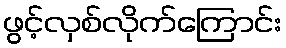
ဖွင့်လှစ်လိုက်ကြောင်း